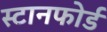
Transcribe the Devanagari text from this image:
स्टानफोर्ड